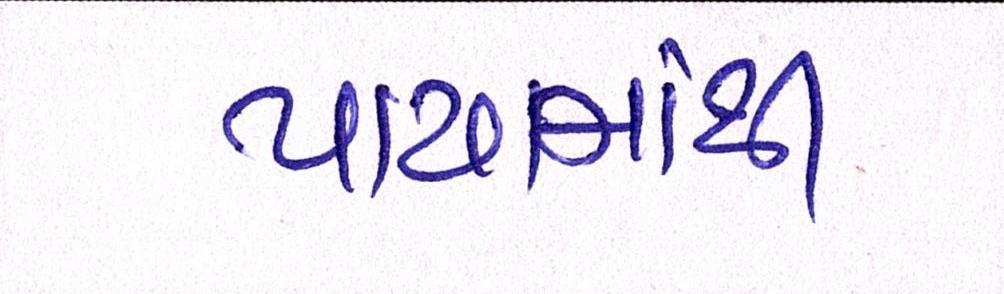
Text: પાયામાંથી